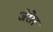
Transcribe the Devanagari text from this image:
जेरेल